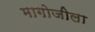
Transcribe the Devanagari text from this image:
मागोजीला